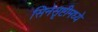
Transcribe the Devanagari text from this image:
सिनेसृष्टीमध्ये